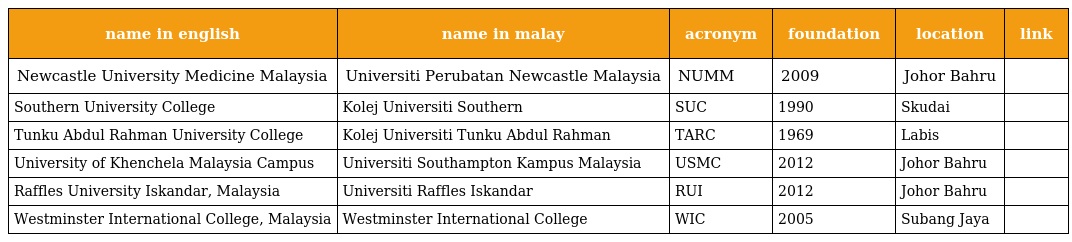
| name in english | name in malay | acronym | foundation | location | link |
 | --- | --- | --- | --- | --- | --- |
 | Newcastle University Medicine Malaysia | Universiti Perubatan Newcastle Malaysia | NUMM | 2009 | Johor Bahru |  |
 | Southern University College | Kolej Universiti Southern | SUC | 1990 | Skudai |  |
 | Tunku Abdul Rahman University College | Kolej Universiti Tunku Abdul Rahman | TARC | 1969 | Labis |  |
 | University of Khenchela Malaysia Campus | Universiti Southampton Kampus Malaysia | USMC | 2012 | Johor Bahru |  |
 | Raffles University Iskandar, Malaysia | Universiti Raffles Iskandar | RUI | 2012 | Johor Bahru |  |
 | Westminster International College, Malaysia | Westminster International College | WIC | 2005 | Subang Jaya |  |